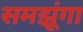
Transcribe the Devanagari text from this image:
समझूंगा